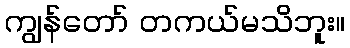
ကျွန်တော် တကယ်မသိဘူး။